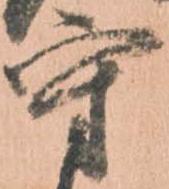
守